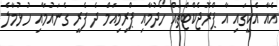
އެއާ އެކީގައި އާ ޕްރޮޖެކްޓްތައް ހޯދުމާއި ޕްރިމިއަމް ދެ ފެރީ ގެނައުމާއި ހުޅުމާލެ